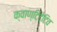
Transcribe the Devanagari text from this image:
क्वाण्टिटेटिव